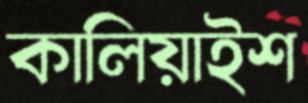
কালিয়াইশ